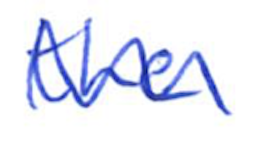
Text: the
Cross-out: wave
Writing tool: ballpoint